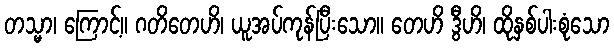
တသ္မာ၊ ကြောင့်။ ဂတိတေဟိ၊ ယူအပ်ကုန်ပြီးသော။ တေဟိ ဒွီဟိ၊ ထိုနှစ်ပါးစုံသော